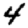
Digit: 4